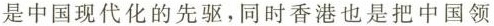
是中国现代化的先驱，同时香港也是把中国领